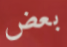
بعض